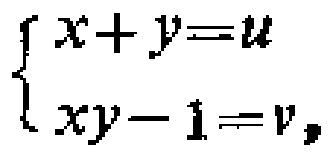
$\begin{cases}

x + y = u\\

xy - 1 = v,

\end{cases}$